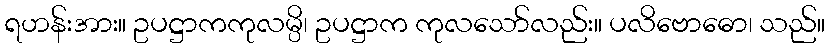
ရဟန်းအား။ ဥပဋ္ဌာကကုလမ္ပိ၊ ဥပဋ္ဌာက ကုလသော်လည်း။ ပလိဗောဓော၊ သည်။